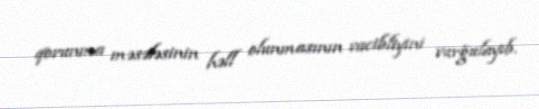
qorunma məsələsinin həll olunmasının vacibliyini vurğulayıb.